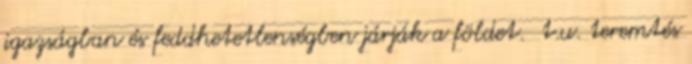
igazságban és feddhetetlenségben járják a földet. t.u. teremtés